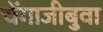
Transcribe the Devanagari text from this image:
चेंगाजीबुवा